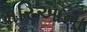
મરિઆના